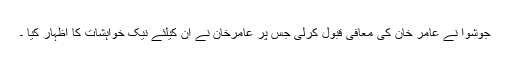
جوشوا نے عامر خان کی معافی قبول کرلی جس پر عامرخان نے ان کیلئے نیک خواہشات کا اظہار کیا ۔